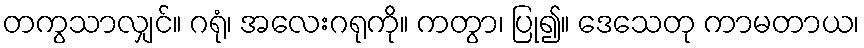
တကွသာလျှင်။ ဂရုံ၊ အလေးဂရုကို။ ကတွာ၊ ပြု၍။ ဒေသေတု ကာမတာယ၊